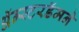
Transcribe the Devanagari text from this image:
अॅम्स्टरडॅमने